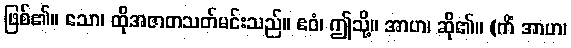
ဖြစ်၏။ သော၊ ထိုအဇာတသတ်မင်းသည်။ ဧဝံ၊ ဤသို့။ အာဟ၊ ဆို၏။ (ကိံ အာဟ၊